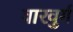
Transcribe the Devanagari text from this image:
वारवुर्ग